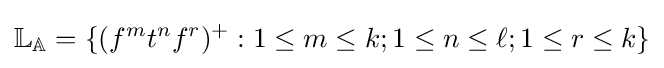
\mathbb {L_{A}} =\{(f^{m}t^{n}f^{r})^{+}:1\leq m\leq k;1\leq n\leq \ell ;1\leq r\leq k\}